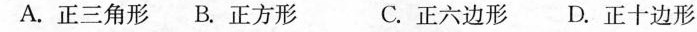
A.正三角形B.正方形 C.正六边形 D.正十边形